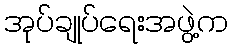
အုပ်ချုပ်ရေးအဖွဲ့က